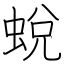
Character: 蛻